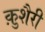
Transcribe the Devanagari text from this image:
क़ुशैरी